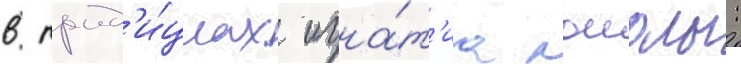
в трад'и́циах игна́т'иа лоиолы: